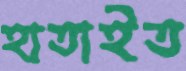
হাতাইত